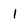
Character: 1